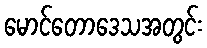
မောင်တောဒေသအတွင်း